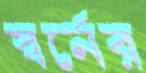
স্বর্নের